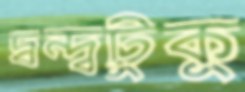
দ্বন্দ্বটুকু